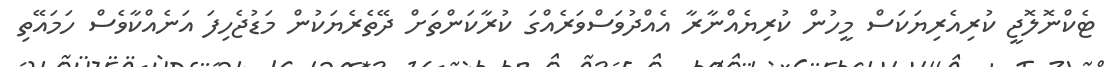
ޓެކްނޮލޮޖީ ކުރިއެރިޔަކަސް މީހުން ކުރިޔެއްނާރާ އެއްދުވަސްވަރެއްގަ ކުރާކަންތަށް ދޭތެރެޔަކުން މަޑުޖެހިފަ އަނެއްކާވެސް ހަމައޭތި